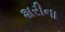
શરીના